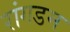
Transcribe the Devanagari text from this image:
रांगडम